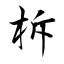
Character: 柝